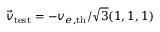
\vec { v } _ { \mathrm { { t e s t } } } = - v _ { e , \mathrm { { t h } } } / \sqrt { 3 } ( 1 , 1 , 1 )